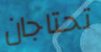
تحتاجان